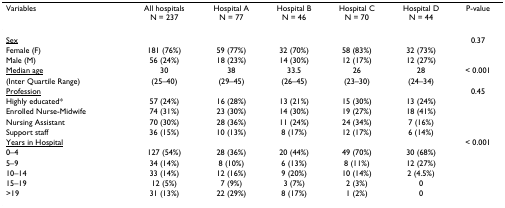
<table><thead><tr><td><b>Variables</b></td><td><b>All hospitalsN = 237</b></td><td><b>Hospital AN = 77</b></td><td><b>Hospital BN = 46</b></td><td><b>Hospital CN = 70</b></td><td><b>Hospital DN = 44</b></td><td><b>P-value</b></td></tr></thead><tbody><tr><td><underline>Sex</underline></td><td></td><td></td><td></td><td></td><td></td><td>0.37</td></tr><tr><td>Female (F)</td><td>181 (76%)</td><td>59 (77%)</td><td>32 (70%)</td><td>58 (83%)</td><td>32 (73%)</td><td></td></tr><tr><td>Male (M)</td><td>56 (24%)</td><td>18 (23%)</td><td>14 (30%)</td><td>12 (17%)</td><td>12 (27%)</td><td></td></tr><tr><td><underline>Median age</underline></td><td>30</td><td>38</td><td>33.5</td><td>26</td><td>28</td><td>&lt; 0.001</td></tr><tr><td>(Inter Quartile Range)</td><td>(25–40)</td><td>(29–45)</td><td>(26–45)</td><td>(23–30)</td><td>(24–34)</td><td></td></tr><tr><td><underline>Profession</underline></td><td></td><td></td><td></td><td></td><td></td><td>0.45</td></tr><tr><td>Highly educated*</td><td>57 (24%)</td><td>16 (28%)</td><td>13 (21%)</td><td>15 (30%)</td><td>13 (24%)</td><td></td></tr><tr><td>Enrolled Nurse-Midwife</td><td>74 (31%)</td><td>23 (30%)</td><td>14 (30%)</td><td>19 (27%)</td><td>18 (41%)</td><td></td></tr><tr><td>Nursing Assistant</td><td>70 (30%)</td><td>28 (36%)</td><td>11 (24%)</td><td>24 (34%)</td><td>7 (16%)</td><td></td></tr><tr><td>Support staff</td><td>36 (15%)</td><td>10 (13%)</td><td>8 (17%)</td><td>12 (17%)</td><td>6 (14%)</td><td></td></tr><tr><td><underline>Years in Hospital</underline></td><td></td><td></td><td></td><td></td><td></td><td>&lt; 0.001</td></tr><tr><td>0–4</td><td>127 (54%)</td><td>28 (36%)</td><td>20 (44%)</td><td>49 (70%)</td><td>30 (68%)</td><td></td></tr><tr><td>5–9</td><td>34 (14%)</td><td>8 (10%)</td><td>6 (13%)</td><td>8 (11%)</td><td>12 (27%)</td><td></td></tr><tr><td>10–14</td><td>33 (14%)</td><td>12 (16%)</td><td>9 (20%)</td><td>10 (14%)</td><td>2 (4.5%)</td><td></td></tr><tr><td>15–19</td><td>12 (5%)</td><td>7 (9%)</td><td>3 (7%)</td><td>2 (3%)</td><td>0</td><td></td></tr><tr><td>&gt;19</td><td>31 (13%)</td><td>22 (29%)</td><td>8 (17%)</td><td>1 (2%)</td><td>0</td><td></td></tr></tbody></table>